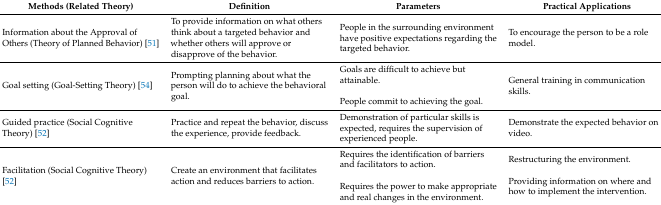
<table><thead><tr><td><b>Methods (Related Theory)</b></td><td><b>Definition</b></td><td><b>Parameters</b></td><td><b>Practical Applications</b></td></tr></thead><tbody><tr><td>Information about the Approval of Others (Theory of Planned Behavior) [51]</td><td>To provide information on what others think about a targeted behavior and whether others will approve or disapprove of the behavior.</td><td>People in the surrounding environment have positive expectations regarding the targeted behavior. </td><td>To encourage the person to be a role model.</td></tr><tr><td>Goal setting (Goal-Setting Theory) [54]</td><td>Prompting planning about what the person will do to achieve the behavioral goal.</td><td>Goals are difficult to achieve but attainable.People commit to achieving the goal.</td><td>General training in communication skills. </td></tr><tr><td>Guided practice (Social Cognitive Theory) [52]</td><td>Practice and repeat the behavior, discuss the experience, provide feedback.</td><td>Demonstration of particular skills is expected, requires the supervision of experienced people. </td><td>Demonstrate the expected behavior on video.</td></tr><tr><td>Facilitation (Social Cognitive Theory) [52]</td><td>Create an environment that facilitates action and reduces barriers to action.</td><td>Requires the identification of barriers and facilitators to action.Requires the power to make appropriate and real changes in the environment. </td><td>Restructuring the environment.Providing information on where and how to implement the intervention. </td></tr></tbody></table>